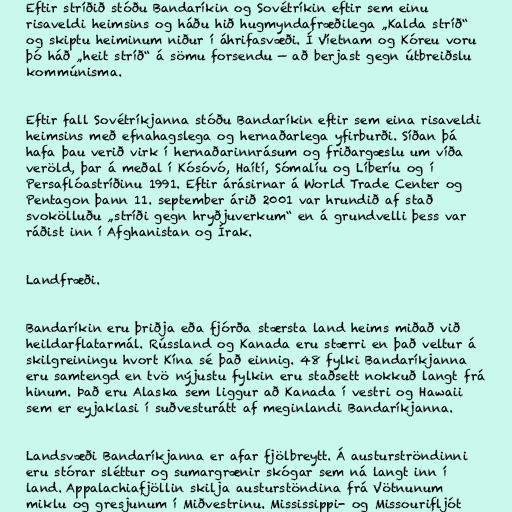
Eftir stríðið stóðu Bandaríkin og Sovétríkin eftir sem einu
risaveldi heimsins og háðu hið hugmyndafræðilega „Kalda stríð“
og skiptu heiminum niður í áhrifasvæði. Í Víetnam og Kóreu voru
þó háð „heit stríð“ á sömu forsendu — að berjast gegn útbreiðslu
kommúnisma.

Eftir fall Sovétríkjanna stóðu Bandaríkin eftir sem eina risaveldi
heimsins með efnahagslega og hernaðarlega yfirburði. Síðan þá
hafa þau verið virk í hernaðarinnrásum og friðargæslu um víða
veröld, þar á meðal í Kósóvó, Haítí, Sómalíu og Líberíu og í
Persaflóastríðinu 1991. Eftir árásirnar á World Trade Center og
Pentagon þann 11. september árið 2001 var hrundið af stað
svokölluðu „stríði gegn hryðjuverkum“ en á grundvelli þess var
ráðist inn í Afghanistan og Írak.

Landfræði.

Bandaríkin eru þriðja eða fjórða stærsta land heims miðað við
heildarflatarmál. Rússland og Kanada eru stærri en það veltur á
skilgreiningu hvort Kína sé það einnig. 48 fylki Bandaríkjanna
eru samtengd en tvö nýjustu fylkin eru staðsett nokkuð langt frá
hinum. Það eru Alaska sem liggur að Kanada í vestri og Hawaii
sem er eyjaklasi í suðvesturátt af meginlandi Bandaríkjanna.

Landsvæði Bandaríkjanna er afar fjölbreytt. Á austurströndinni
eru stórar sléttur og sumargrænir skógar sem ná langt inn í
land. Appalachiafjöllin skilja austurstöndina frá Vötnunum
miklu og gresjunum í Miðvestrinu. Mississippi- og Missourifljót